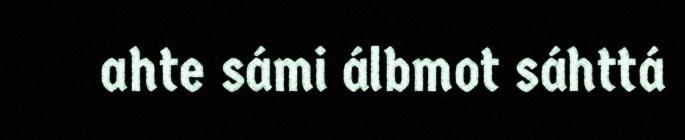
ahte sámi álbmot sáhttá